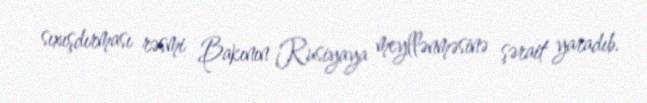
sıxışdırması rəsmi Bakının Rusiyaya meyllənməsinə şərait yaradıb.